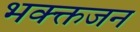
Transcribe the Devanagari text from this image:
भक्क्तजन